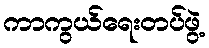
ကာကွယ်ရေးတပ်ဖွဲ့